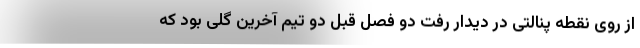
از روی نقطه پنالتی در دیدار رفت دو فصل قبل دو تیم آخرین گلی بود که